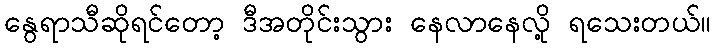
နွေရာသီဆိုရင်တော့ ဒီအတိုင်းသွား နေလာနေလို့ ရသေးတယ်။